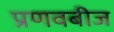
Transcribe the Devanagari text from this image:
प्रणवबीज